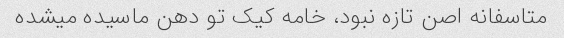
متاسفانه اصن تازه نبود، خامه کیک تو دهن ماسیده میشده